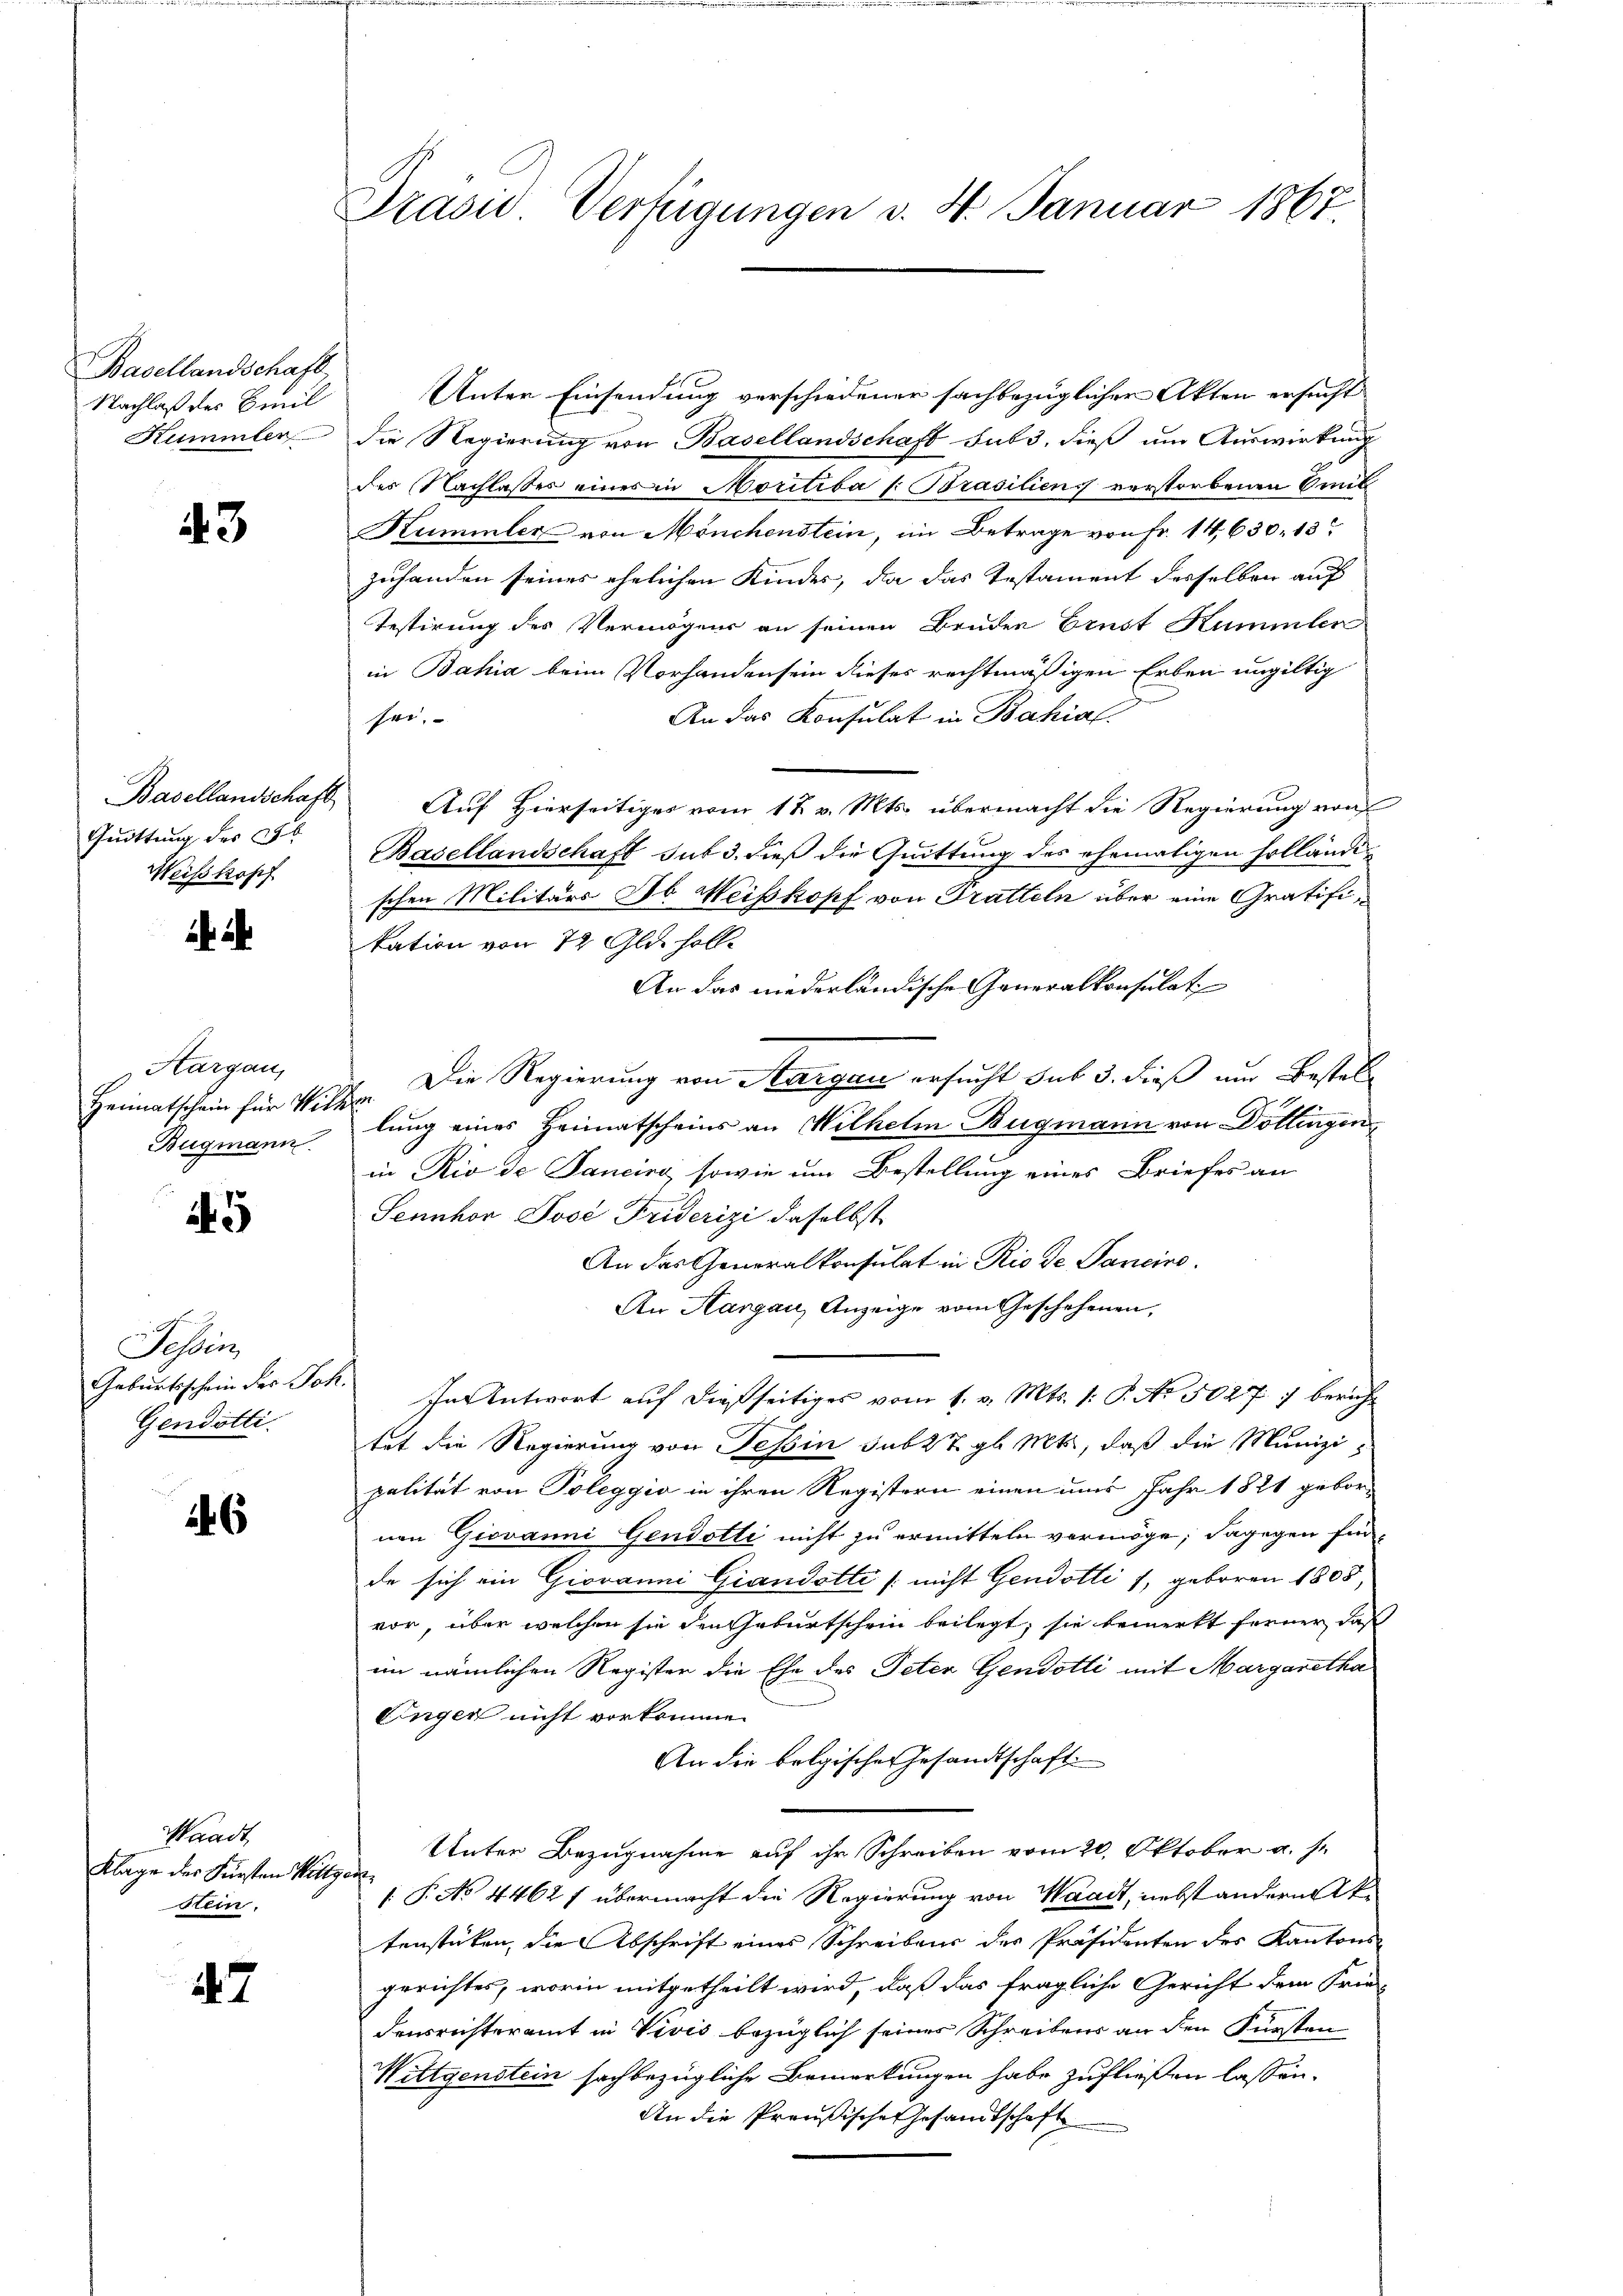
Basellandschaft,
Nachlaß des Beeil
Hümmler

3

Guittung des CG.
Weishopf

Aargau,
Heimatschein für Willen
Bugmann

5

Tessin,
Gendötti

6

Waadt,
Klage der Fürsten Willigen
stein.

47

Prasii Verfügungen v. 4. Januar 1867

Unter Einsendung verschiedener sachbezüglicher Akten ersucht
die Regierung von Basellandschaft sub 3. dieß um Auswirkung
des Nachlasses eines in Moritiba /: Brasiliens verstorbenen Amt
Kuimmler von Mönchenstein, im Betrage von Fr. 14, 630, 13
zuhanden seines ehelichen Kinder, da das Testament desselben auf
Testirung des Vermögens an seinen Bruden Brust Kümmler
in Bahia beim Vorhanden sein dieses rechtmäßigen Erben ungültig
An das Konsulat in Bahial.
sei.
Basellandschaft Auf Hierseitiger vom 17. v. Mts. übermacht die Regierung rauf
Basellandschaft sub 3. dieß die Quittung des ehemaligen Erbländischen Militärs ob Weiskopf von Tratteln über eine Gratifikation von 72 Glas holle
An das niederländische Generalkonsulat
Die Regierung von Aargau ersucht sub 3. dieß und Bestell
lung eines Heimatscheins an Wilhelm Bugmann von Döttingen,
in Rio de Sancire, sowie um Bestellung eines Briefes an
Sennhor Jose Friderizi daselbst
An das Generalkonsulat in Rio de Sancine
An Hangau, Anzeige vom Geschehenen,
Geburtsschein der Joh. In Antwort auf dießseitiges vom 1. v. Mts. 1: P. Nr. 5027 :/ bericht
tet die Regierung von Tessin sub 27. gl. Mts., daß die Munizi
palität von Poleggio in ihren Registern einen uns Jahr 1821 gebor-
nen Giovanni Gendotti nicht zu ermitteln vermöge; dagegen Ein-
de sich ein Giovanni Giandotte nicht Gendotti , geboren 1808,
vor, über welchen sie den Geburtschein beilegt, sie bemerkt ferner, daß
im nämlichen Register die Ehe des Peter Gendotti mit Margaretha
Eingen nicht vorkommen
An die belgische Gesandtschafti
Unter Bezugnahme auf ihr Schreiben vom 20. Oktober a. s.
: P. No 4462 f übermacht die Regierung von Waadt, nebst andern Aktenstücken, die Abschrift eines Schreibens der Präsidenten des Kantons
gerichtes, worin mitgetheilt wird, daß das fragliche Gericht dem Frie-
densrechteramt in Vivis bezüglich seines Schreibens an den Fürsten
Wittgenstein sachbezügliche Bemerkungen habe zufließen lassen.
An die Preußische Gesandtschaft